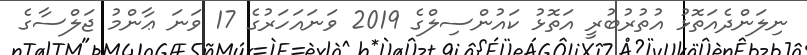
ނިލަންދެއަތޮޅު އުތުރުބުރީ އަތޮޅު ކައުންސިލްގެ 2019 ވަނައަހަރުގެ 17 ވަނަ ޢާންމު ޖަލްސާގެ